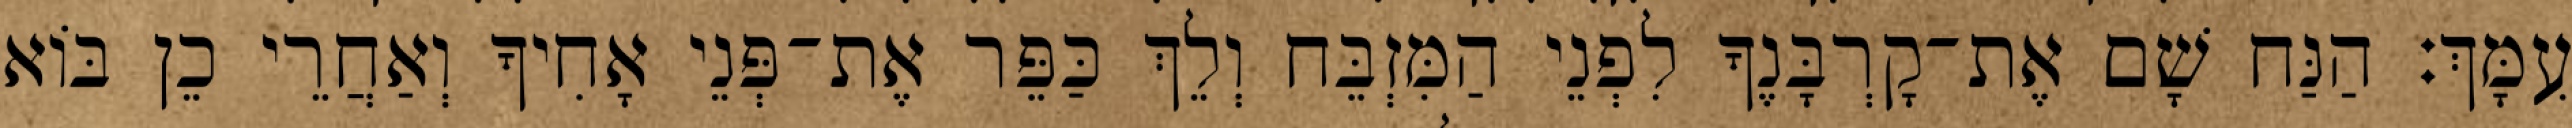
עִמָּךְ׃ הַנַּח שָׁם אֶת־קָרְבָּנֶךָ לִפְנֵי הַמִּזְבֵּח וְלֵךְ כַּפֵּר אֶת־פְּנֵי אָחִיךָ וְאַחֲרֵי כֵן בּוֹא